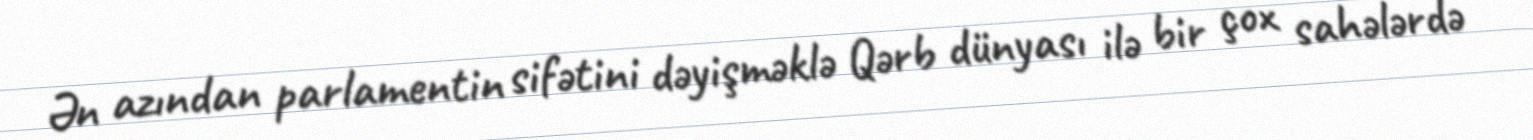
Ən azından parlamentin sifətini dəyişməklə Qərb dünyası ilə bir çox sahələrdə